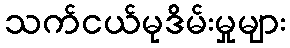
သက်ငယ်မုဒိမ်းမှုများ